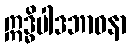
ဣဒ္ဓိပါဒဘာဝနာ